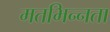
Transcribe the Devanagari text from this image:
मतभिन्‍नता